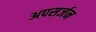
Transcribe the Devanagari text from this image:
अपसर्जन